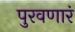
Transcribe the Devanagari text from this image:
पुरवणारं